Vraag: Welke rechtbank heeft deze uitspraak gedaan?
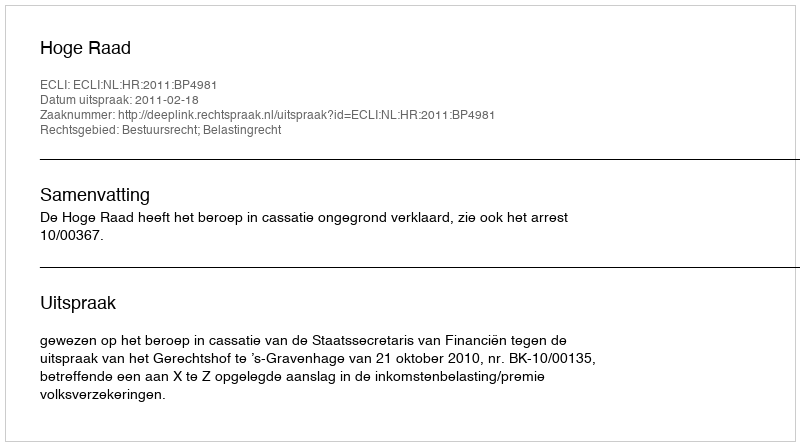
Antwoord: Hoge Raad